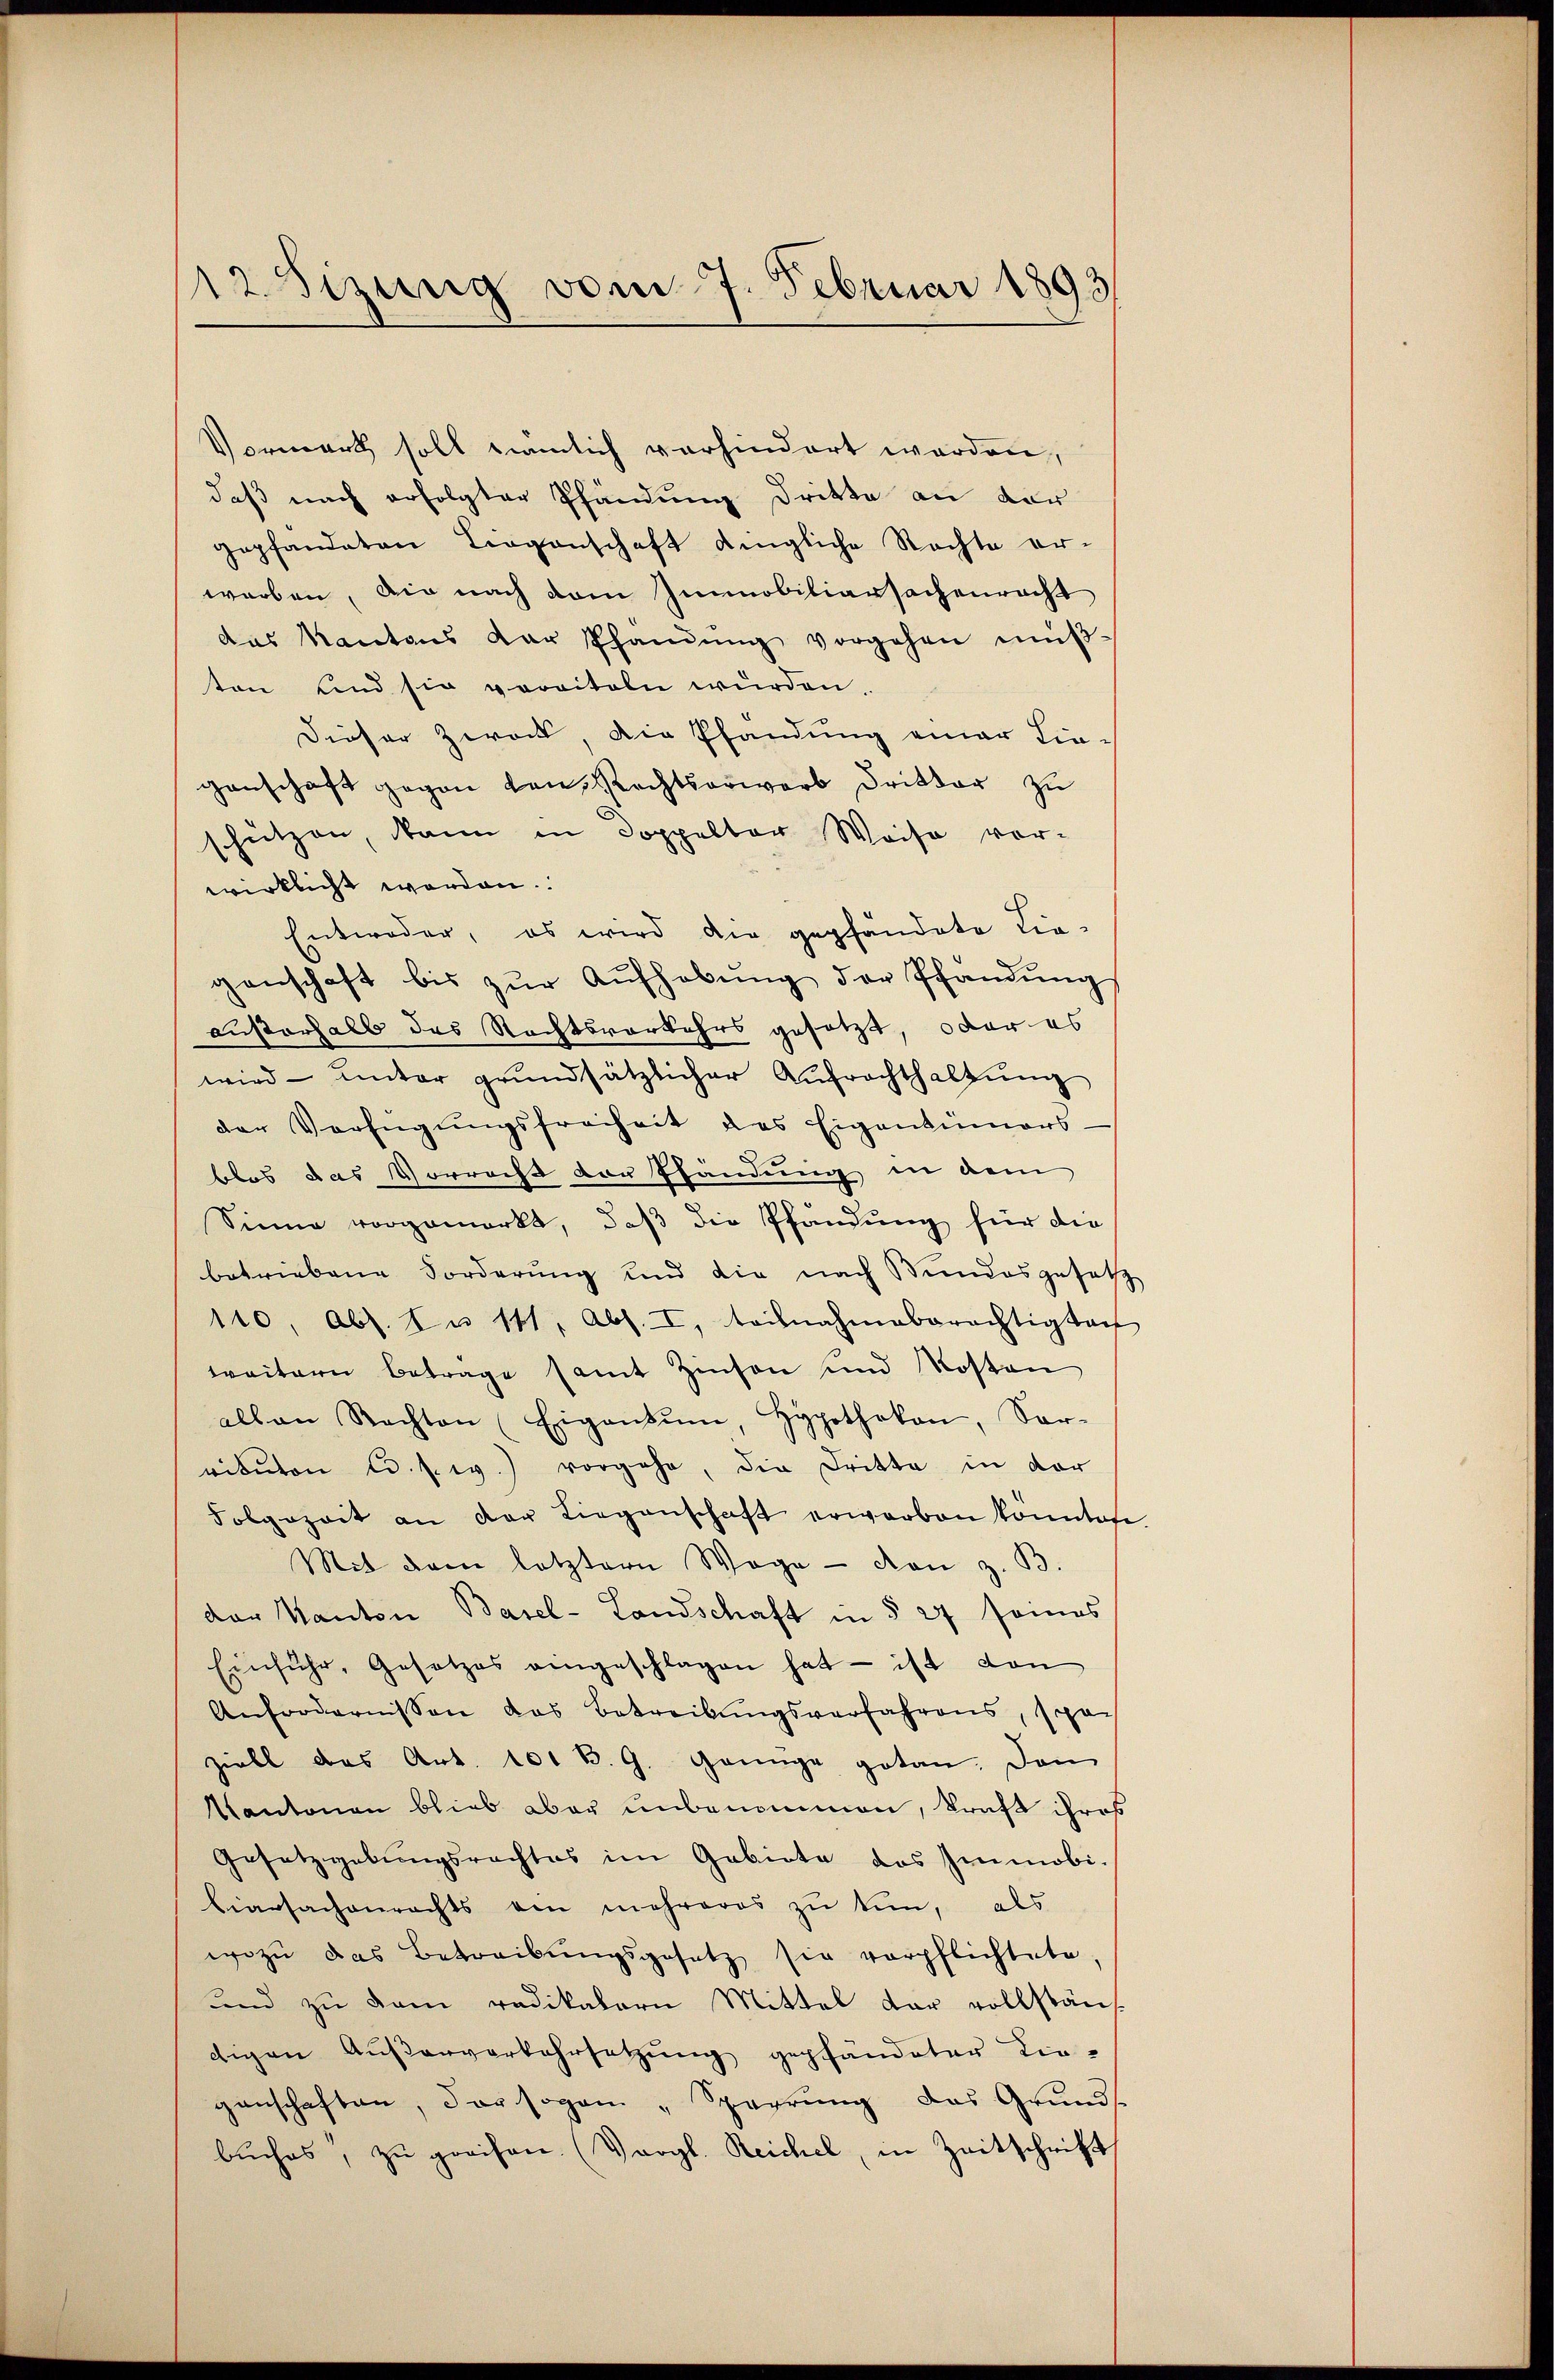
12 Sizung vom 7. Februar 1893.

Vormerk soll nämlich vorhindert worden,
daß nach erfolgter Pfändung dritte an der
gepfandaten Liegenschaft dingliche Rechte er-
worben, die nach dem Immobiliarsachenracht
das Kantons der Pfandŭng vorgehen mŭβ-
ton und sie veraiteln würden.
Dieser Zweck, die Pfandung einer Lie-
genschaft gegen von Rechtserwarb Dritter zu
schützen, dann in Doppelter Weise vor-
wirklicht worden.
Entweder, es wird die gepfändete Lie-
genschaft bis zŭr Aŭfhebŭng der Pfandŭng
außerhalb des Rechtsverkehrs gesetzt, oder es
wird unter grŭndsätzlicher Aŭfrachthaltŭng
der Verfügungsfreiheit des Eigentümers
blos das Vorrecht der Efändung in dem
Sinne vorgemerkt, daβ die Pfandung für die
betriebene Forderung und die nach Stundesgesetz
110. Abs. 1 u 111, Abs. I, teilnahmeberechtigtei
weitern Betrage samt Zinsen und Kosten
allen Rechten (Eigentum, Hypotheken, Sar-
rikŭton u. s. w.) vorgehe, die Dritte in der
Folgezeit an der Liegenschaft erwarben könnten
Mit dem letztern Wege - von z. B.
der Kanton Basel-Landschaft in § 27 seines
Einfuhr, Gesetzes eingeschlagen hat - ist von
Anfordernissen das Betreibŭngsverfahrens, spä-
ziell das Art. 101 B. G. Genüge getan. Dan
Kantonen blieb aber unbenommen, kraft ihres
Gesetzgebungsrechtes im Gebiete das Immobi-
Ciarsachenrechts ein mehreres zu tun, als
wozu das Betreibŭngsgesetz sie verpflichtete,
und zu dem radikalern Mittel dar vollstän
digen Außerverkehrsetzung gepfandeter Lie-
genschaften, der sogan „Sperrŭng das Grŭnds.
buches, zu graison. (Vergl. Reichel, in Zeitschrift